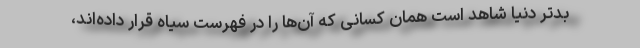
بدتر دنیا شاهد است همان کسانی که آن‌ها را در فهرست سیاه قرار داده‌اند،